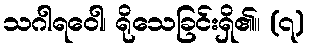
သဂါရဝေါ၊ ရိုသေခြင်းရှိ၏။ (၇)